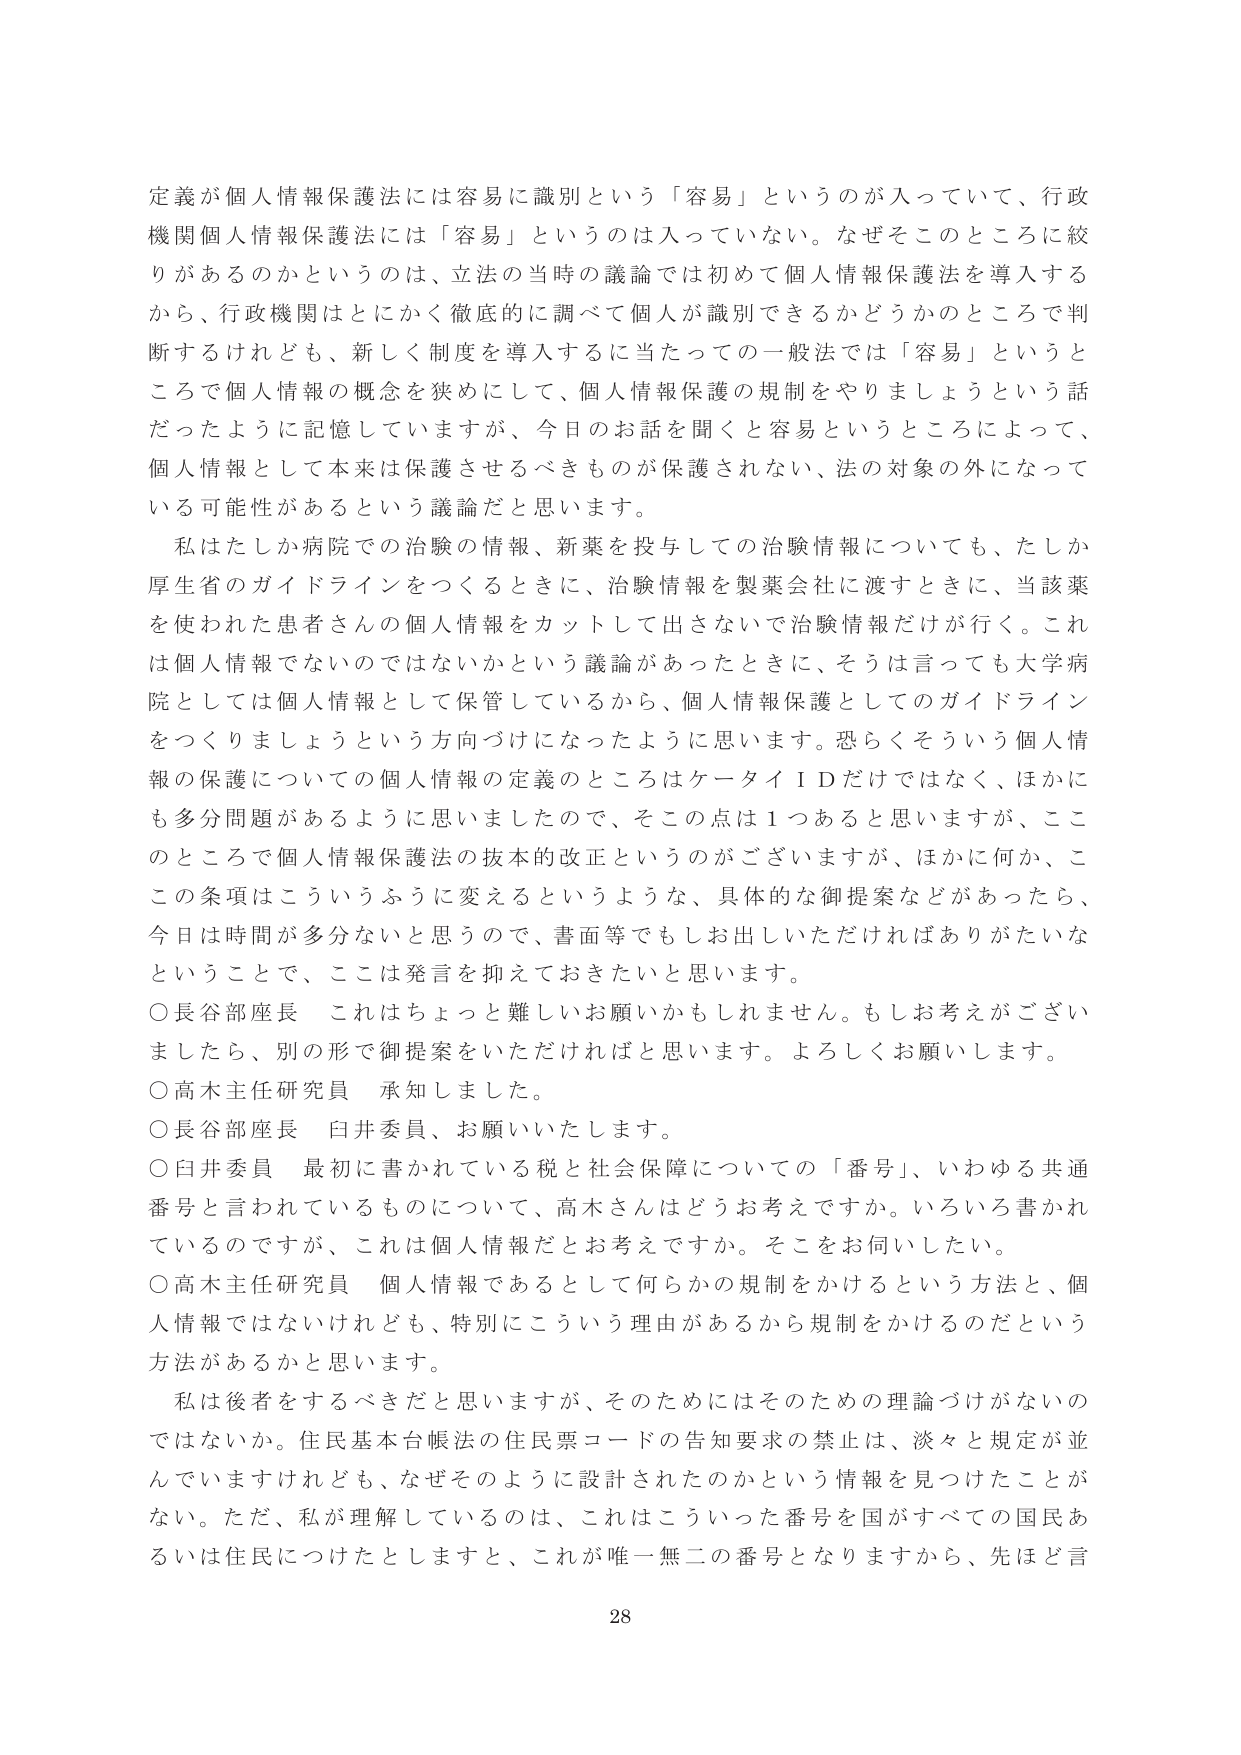
定義が個人情報保護法には容易に識別という「容易」というのが入っていて、行政機関個人情報保護法には「容易」というのは入っていない。なぜそこのところに絞りがあるのかというのは、立法の当時の議論では初めて個人情報保護法を導入するから、行政機関はとにかく徹底的に調べて個人が識別できるかどうかのところで判断するけれども、新しく制度を導入するに当たっての一般法では「容易」というところで個人情報の概念を狭めにして、個人情報保護の規制をやりましょうという話だったように記憶していますが、今日のお話を聞くと容易というところによって、個人情報として本来は保護させるべきものが保護されない、法の対象の外になっている可能性があるという議論だと思います。

私はたしか病院での治験の情報、新薬を投与しての治験情報についても、たしか厚生省のガイドラインをつくるときに、治験情報を製薬会社に渡すときに、当該薬を使われた患者さんの個人情報をカットして出さないで治験情報だけが行く。これは個人情報ではないのではないかという議論があったときに、そうは言っても大学病院としては個人情報として保管しているから、個人情報保護としてのガイドラインをつくりましょうという方向づけになったように思います。恐らくそういう個人情報の保護についての個人情報の定義のところはケータイＩＤだけではなく、ほかにも多分問題があるように思いましたので、そこの点は１つあると思いますが、ここのところで個人情報保護法の抜本的改正というのがございますが、ほかに何か、この条項はこういうふうに変えるというような、具体的な御提案などがあったら、今日は時間が多分ないと思うので、書面等でもしお出しいただければありがたいなということで、ここは発言を抑えておきたいと思います。

○長谷部座長　これはちょっと難しいお願いかもしれません。もしお考えがございましたら、別の形で御提案をいただければと思います。よろしくお願いします。

○高木主任研究員　承知しました。

○長谷部座長　白井委員、お願いいたします。

○白井委員　最初に書かれている税と社会保障についての「番号」、いわゆる共通番号と言われているものについて、高木さんはどうお考えですか。いろいろ書かれているのですが、これは個人情報だとお考えですか。そこをお伺いしたい。

○高木主任研究員　個人情報であるとして何らかの規制をかけるという方法と、個人情報ではないけれども、特別にこういう理由があるから規制をかけるのだという方法があるかと思います。

私は後者をするべきだと思いますが、そのためにはそのための理論づけがないのではないでしょうか。住民基本台帳法の住民票コードの告知要求の禁止は、淡々と規定が並んでいますけれども、なぜそのように設計されたのかという情報を見つけたことがない。ただ、私が理解しているのは、これはこういった番号を国がすべての国民あるいは住民につけたとしますと、これが唯一無二の番号となりますから、先ほど言

28